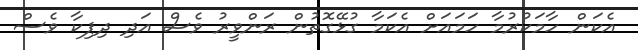
އެކަން ހާމަކުރުމާ ހަމައަށް އެކަމާ ގުޅޭގޮތުން ރަންވީރު ވެސް އަދި ދިޕިކާ ވެސް